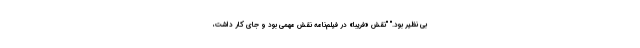
بی نظیر بود." "نقش «فریبا» در فیلم‌نامه نقش مهمی بود و جای کار داشت،